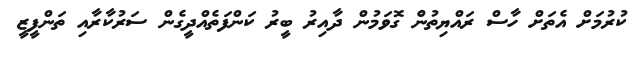
ކުރުމަށް އެތަށް ހާސް ރައްޔިތުނެް ގޮވަމުން ދާއިރު ބީރު ކަންފަތެއްދީގެން ސަރުކާރާއި ތަންފީޒީ